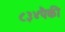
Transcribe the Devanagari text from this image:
८३४पैकी